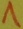
Text: 1